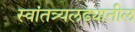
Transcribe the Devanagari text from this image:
स्वांतत्र्यलढ्यातील